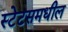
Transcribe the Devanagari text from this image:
स्टेटसमधील